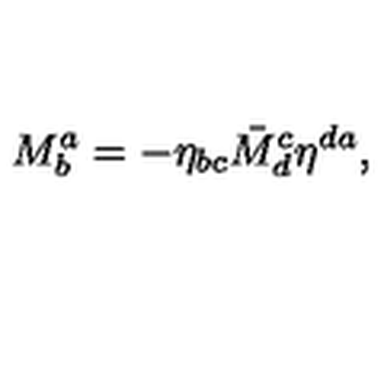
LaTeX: M _ { b } ^ { a } = - \eta _ { b c } \bar { M } _ { d } ^ { c } \eta ^ { d a } ,